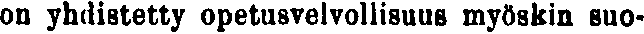
on yhdistetty opetusvelvollisuus myöskin suo-